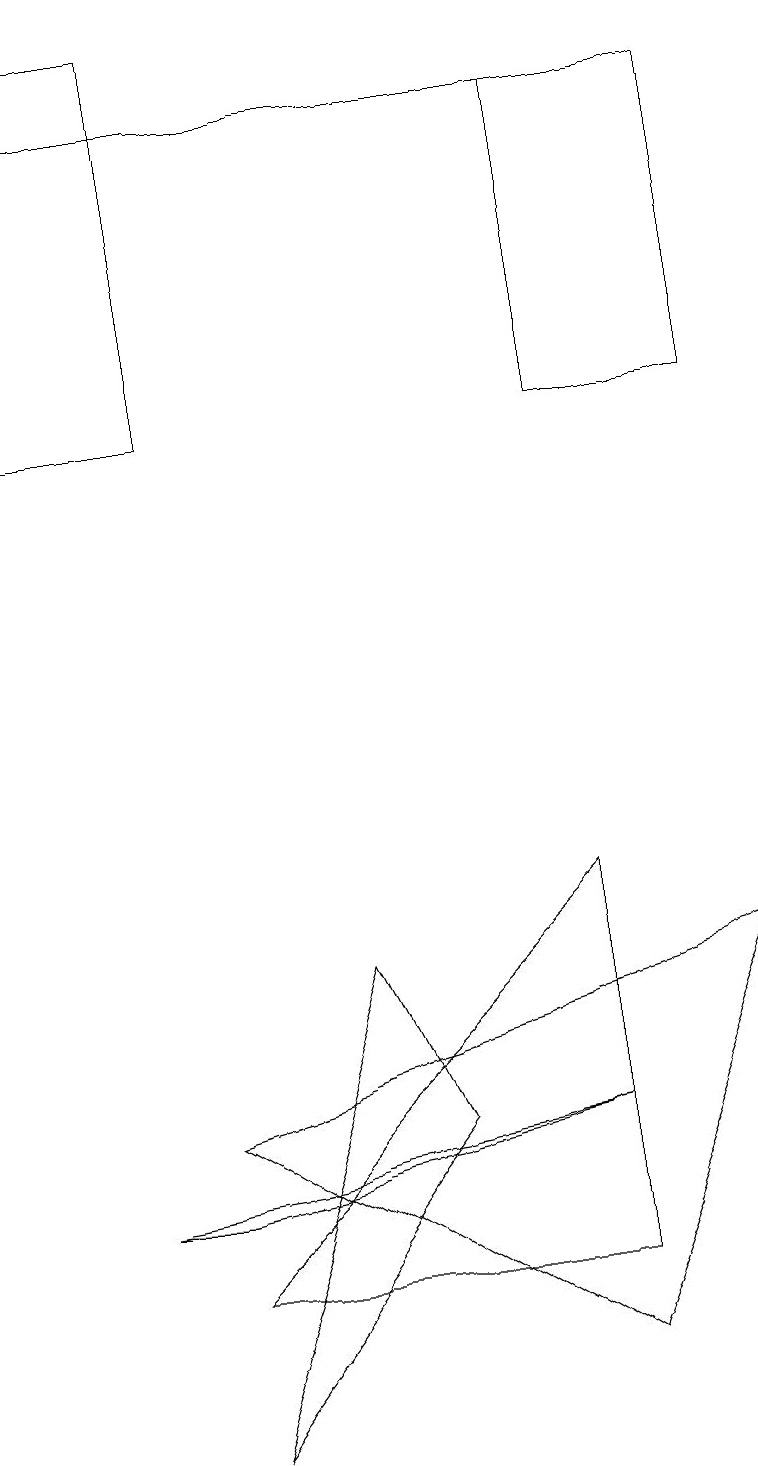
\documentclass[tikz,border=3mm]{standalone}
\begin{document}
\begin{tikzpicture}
\draw (2,14) rectangle (0,19);
\draw (4,7) -- (5,5) -- (2,1) -- cycle;
\draw (7,8) -- (7,3) -- (2,3) -- cycle;
\draw (1,4) -- (2,4) -- (7,5) -- cycle;
\draw (0,18) rectangle (9,18);
\draw (9,7) -- (2,5) -- (7,2) -- cycle;
\draw (7,14) rectangle (9,18);
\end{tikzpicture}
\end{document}